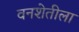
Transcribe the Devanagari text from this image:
वनशेतीला